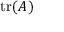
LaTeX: \operatorname { t r } ( A )